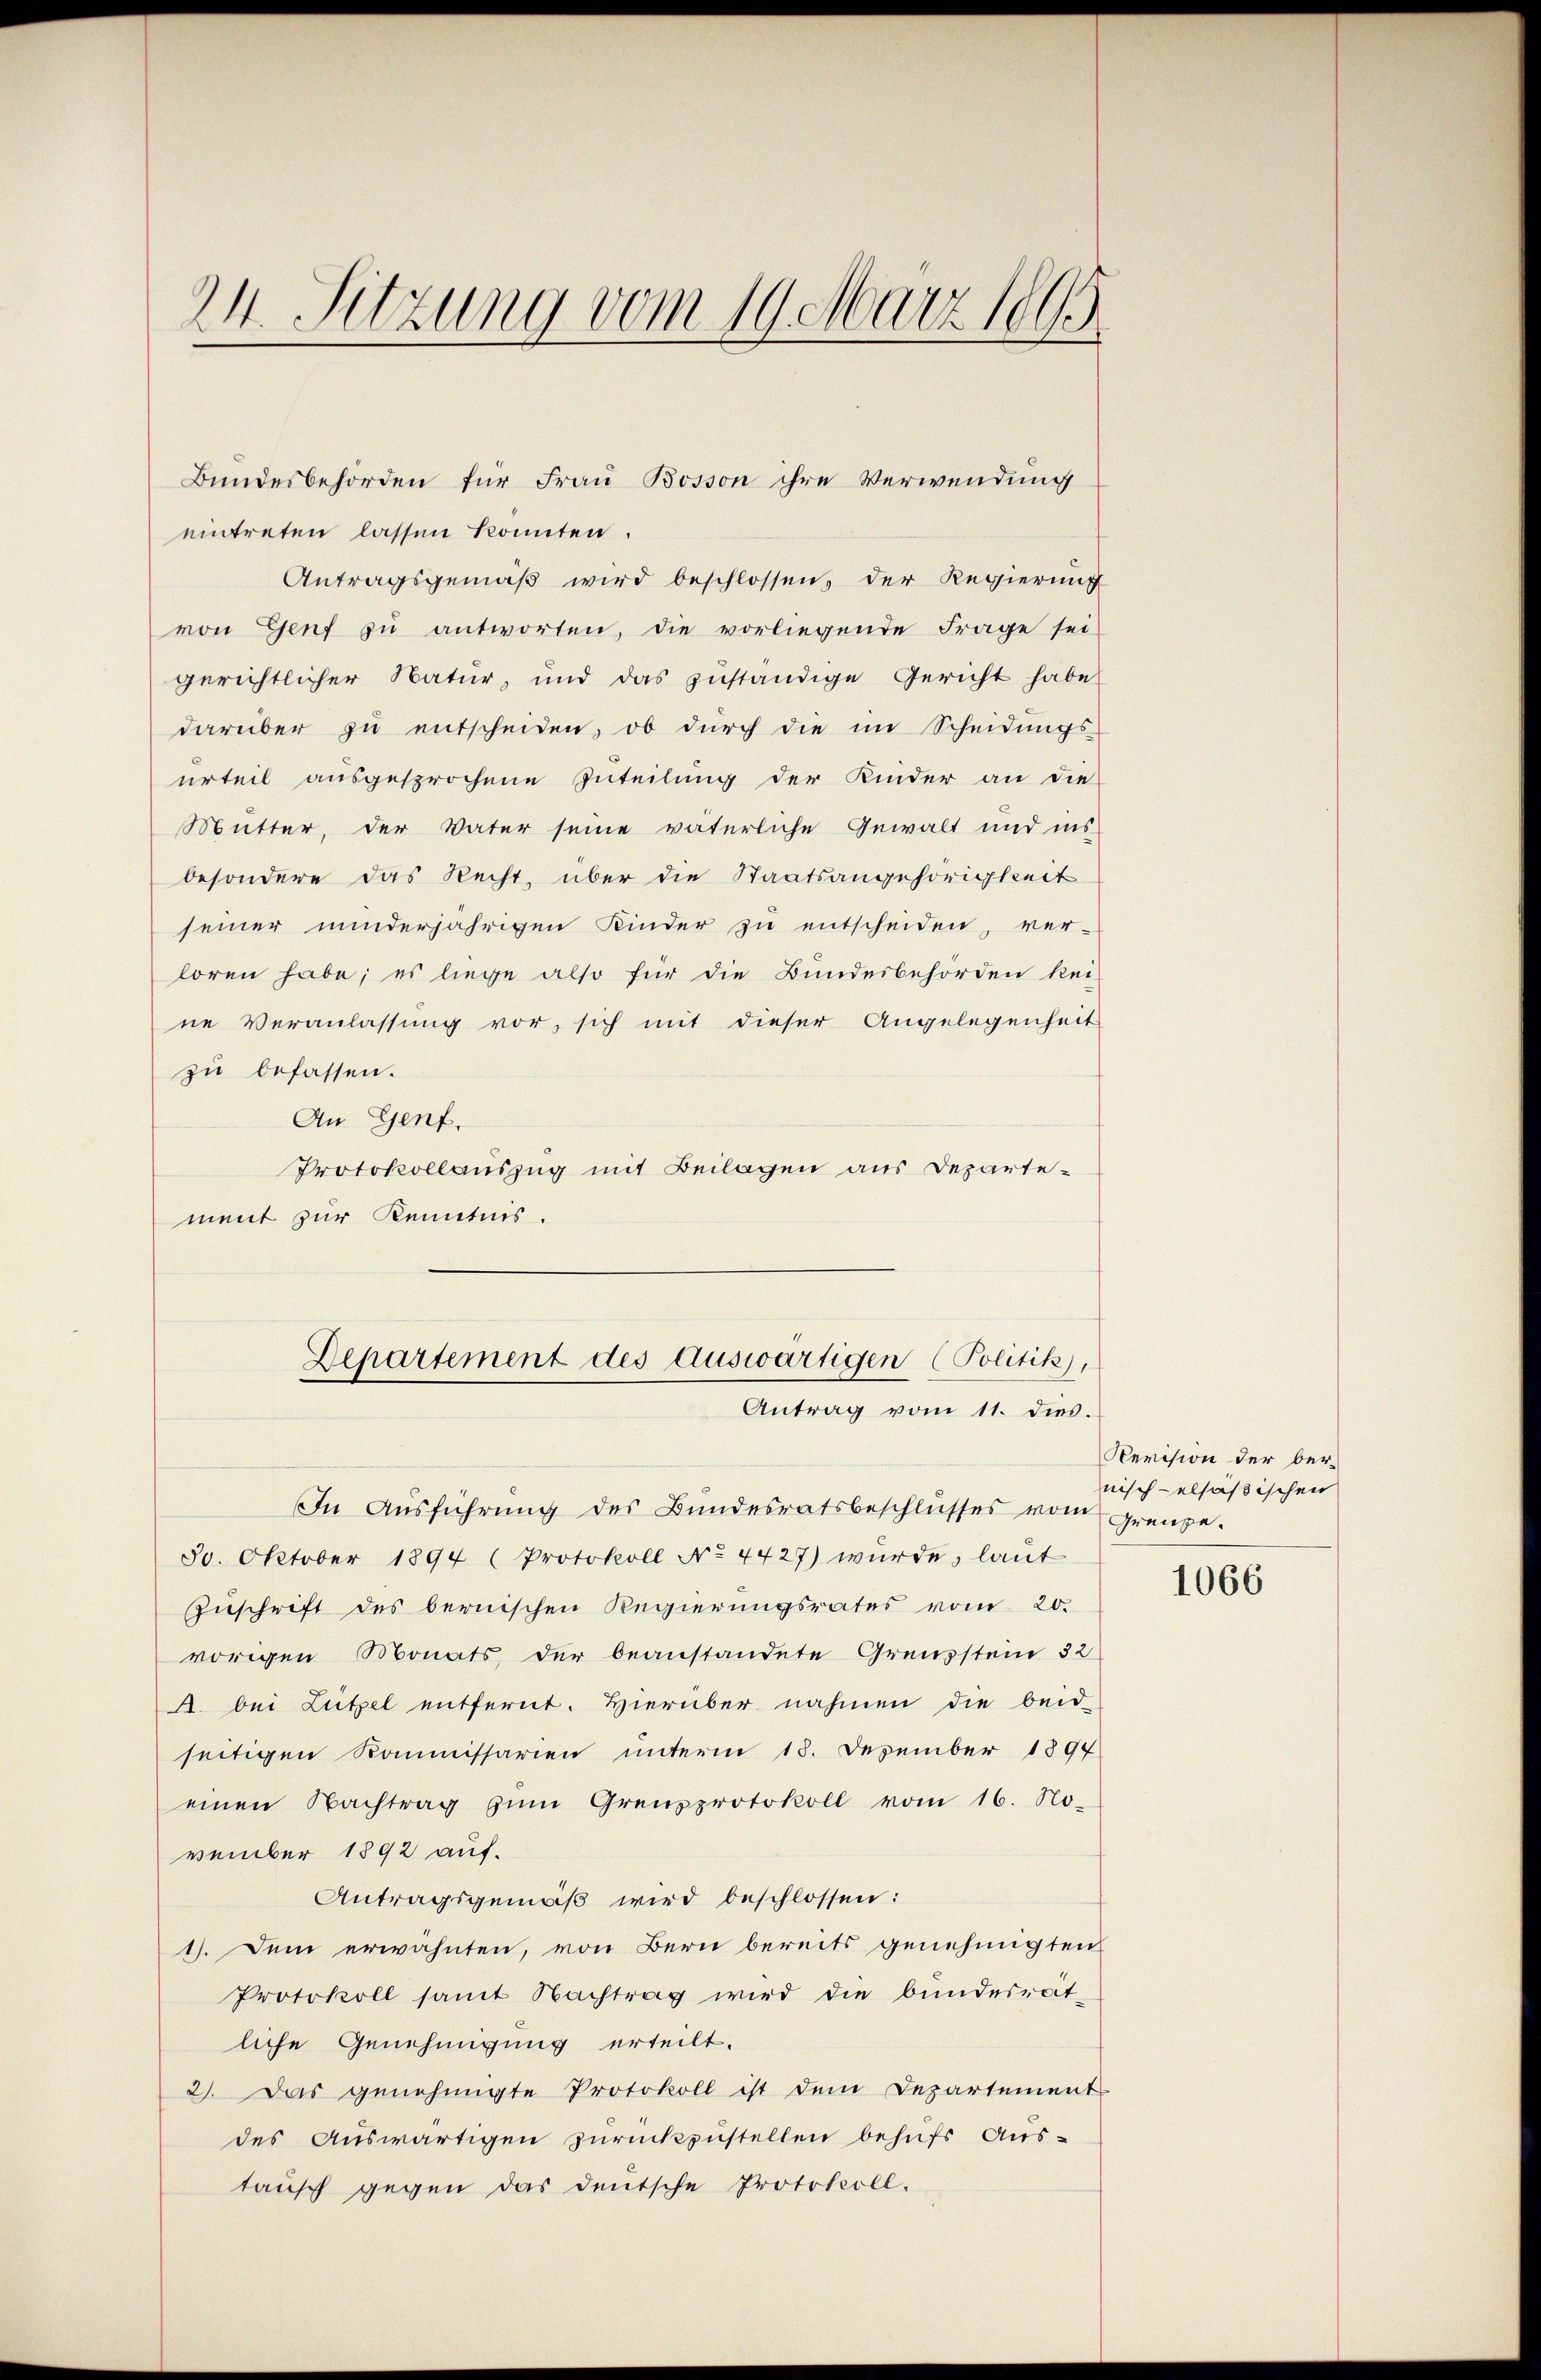
24. Sitzung vom 19. März 1865

eintreten lassen konnten.
Antragsgemäß wird beschlossen, der Regierung
von Genf zŭ antworten, die vorliegende Frage sei
gerichtlicher Natur, und das zuständige Gericht habe
darüber zŭ entscheiden, ob dŭrch die im Scheidŭngs-
urteil ausgesprochene Zuteilung der Kinder an die
Mutter, der Vater seine väterliche Gewalt und ins
besondere das Recht, über die Staatsangehörigkeit
seiner minderjährigen Kinder zu entscheiden, ver-
loren habe; es liege also für die Bundesbehörden kei
ne Veranlassung vor, sich mit dieser Angelegenheit
zu befassen.
An Genf.
Protokollauszug mit Beilagen aus Departement zur Kenntnis.

Bundesbehörden für Frau Bosson ihre Verwendung

Departement des Auswärtigen (Politik),
Antrag vom 11. dies.

In Aŭsführŭng des Bundesratsbeschlŭsses vom grenze.
30. Oktober 1894 (Protokoll No 4427) wurde, laut
Zuschrift des bernischen Regierungsrates vom 20.
vorigen Monats der beanstandete Grenzstein 32
A. bei Lützel entfernt. Hierüber nahmen die beid-
seitigen Kommissarien unterm 18. Dezember 1894
einen Nachtrag zŭm Grenzprotokoll vom 16. No-
vember 1892 auf.
Antragsgemäß wird beschlossen:
1). Dem erwähnten, von Bern bereits genehmigten
Protokoll samt Nachtrag wird die bundesrät-
liche Genehmigung erteilt.
2). Das genehmigte Protokoll ist dem Departement
des Auswärtigen zurückzustellen behufs Aus-
tausch gegen das deutsche Protokoll.

Revision der ber
nisch elsaßischen

1066